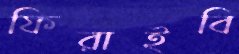
ফিরাইবি